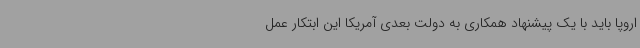
اروپا باید با یک پیشنهاد همکاری به دولت بعدی آمریکا این ابتکار عمل